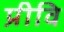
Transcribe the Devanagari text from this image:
प्रीवि